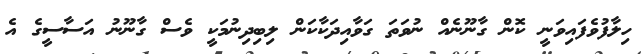
ހިލާފުވެފައިވަނީ ކޮން ގާނޫނެއް ނުވަތަ ގަވާއިދަކާކަން ލިބިދިނުމަކީ ވެސް ގާނޫނު އަސާސީގެ އެ